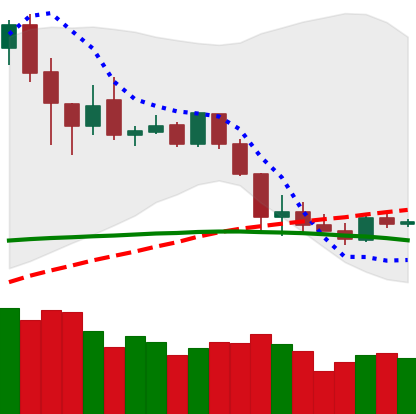
Ticker: XLM-USD
Chart end date: 2020-03-04
Forward return: -11.389%
Label: down_7plus